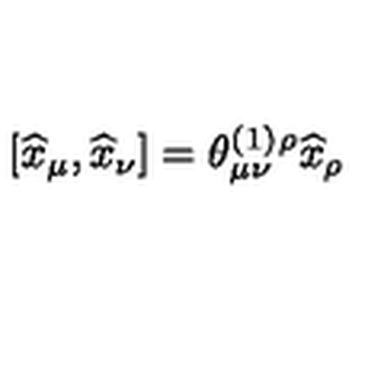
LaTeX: \left[ \widehat { x } _ { \mu } , \widehat { x } _ { \nu } \right] = \theta _ { \mu \nu } ^ { ( 1 ) } { } ^ { \rho } \widehat { x } _ { \rho }